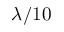
\lambda / 1 0